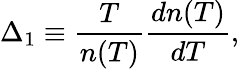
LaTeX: \Delta_{1}\equiv\frac{T}{n(T)}\frac{dn(T)}{dT},